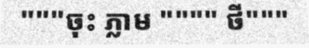
"""ចុះ ភ្លាម """" ថី"""